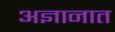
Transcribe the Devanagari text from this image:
अज्ञानात